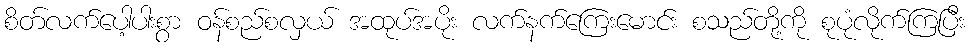
စိတ်လက်ပေါ့ပါးစွာ ဝန်စည်စလှယ် အထုပ်အပိုး လက်နက်ကြေးမောင်း စသည်တို့ကို စုပုံလိုက်ကြပြီး